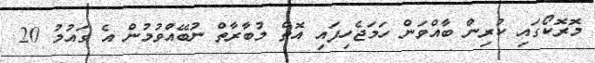
މޮރޮކޯގައި ކުރިން ބާއްވަން ހަމަޖެހިފައި އޮތް މުބާރާތް ނުބޭއްވުމުން އެ ގައުމު 20